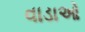
વાડાઓ